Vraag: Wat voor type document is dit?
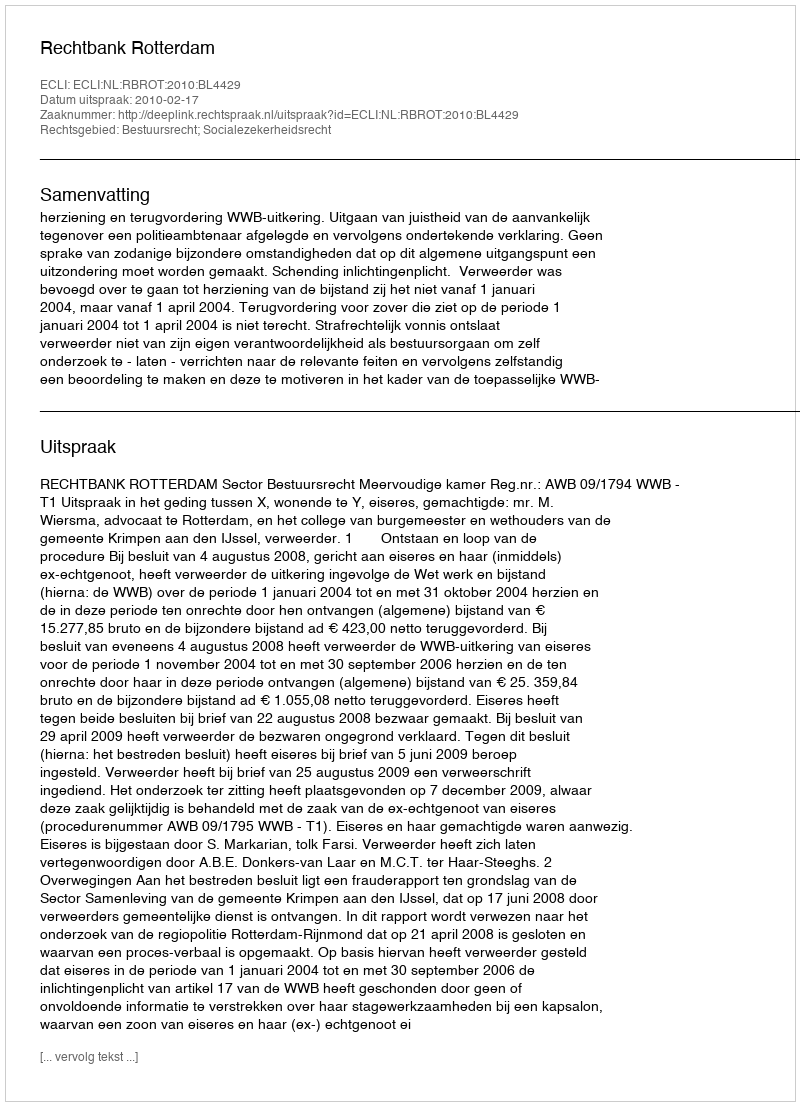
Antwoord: Uitspraak